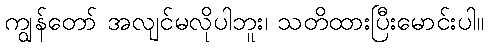
ကျွန်တော် အလျင်မလိုပါဘူး၊ သတိထားပြီးမောင်းပါ။